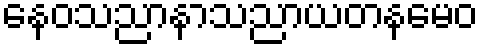
နေဝသညာနာသညာယတနမေဝ